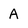
Character: A